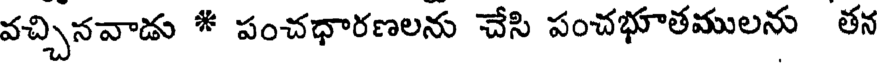
వచ్చినవాడు * పంచధారణలను చేసి పంచభూతములను తన